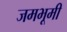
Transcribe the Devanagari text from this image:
जमभूमी